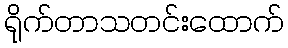
ရိုက်တာသတင်းထောက်